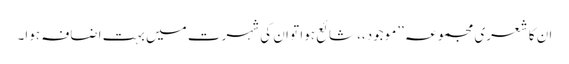
ان کا شعری مجموعہ ’’موجود،، شائع ہوا تو ان کی شہرت میں بہت اضافہ ہوا۔